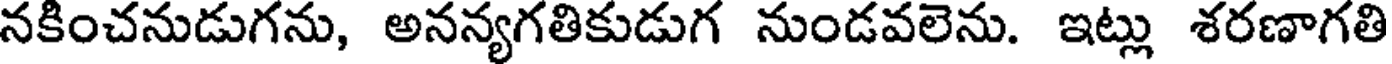
నకించనుడుగను, అనన్యగతికుడుగ నుండవలెను. ఇట్లు శరణాగతి